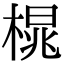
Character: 𪳒